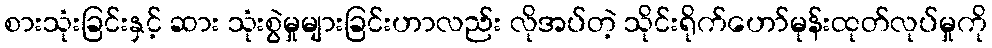
စားသုံးခြင်းနှင့် ဆား သုံးစွဲမှုများခြင်းဟာလည်း လိုအပ်တဲ့ သိုင်းရိုက်ဟော်မုန်းထုတ်လုပ်မှုကို